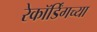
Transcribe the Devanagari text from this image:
रेकॉर्डिंगच्या